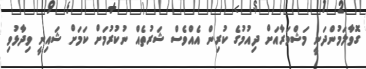
ގޮވާލަމުންދަނީ މަޝްވަރާއަށް ދިއުމުގެ ކުރިން އެއްވެސް ޝަރުތެއް ނުކުރުމަށް ކަމަށް ޝައިނީ ވިދާޅުވި